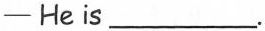
—He is ___.